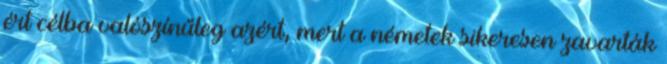
ért célba valószínűleg azért, mert a németek sikeresen zavarták